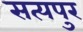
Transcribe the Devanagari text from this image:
सत्यपुर